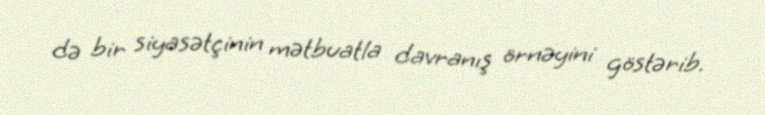
də bir siyasətçinin mətbuatla davranış örnəyini göstərib.